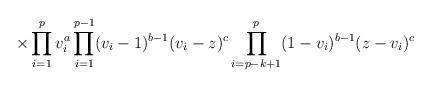
LaTeX: \begin{align*}\hspace{15mm}\times\prod_{i = 1}^{p}v_{i}^{a}\prod_{i = 1}^{p - 1}(v_{i} -1)^{b - 1}(v_{i} - z)^{c}\prod_{i = p - k + 1}^{p}(1 - v_{i})^{b - 1}(z -v_{i})^{c}\end{align*}